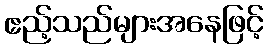
ဧည့်သည်များအနေဖြင့်